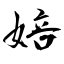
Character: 婄